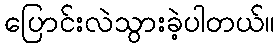
ပြောင်းလဲသွားခဲ့ပါတယ်။